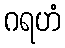
ဂရဟံ